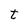
Character: t